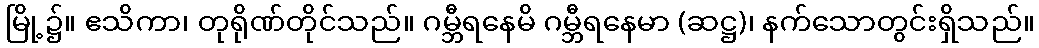
မြို့၌။ ဧသိကာ၊ တုရိုဏ်တိုင်သည်။ ဂမ္ဘီရနေမိ ဂမ္ဘီရနေမာ (ဆဋ္ဌ)၊ နက်သောတွင်းရှိသည်။